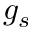
g _ { s }